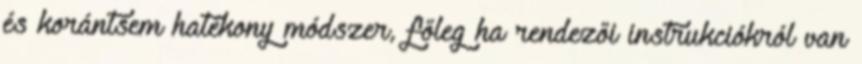
és korántsem hatékony módszer, főleg ha rendezői instrukciókról van